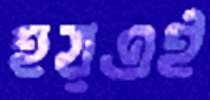
হয়এই